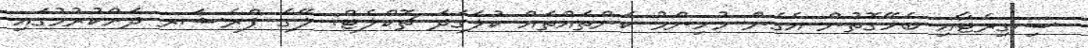
ސިގިރެޓާއި ބެހޭގޮތުން އެގެން މުހިންމު ކަންތައްތައް ކުލަގަދަ ޗޮކްލެޓް: ލޭގެ ޕްރެޝަރ ދަށްކުރުމުގައި